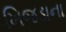
ખિજડાના